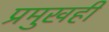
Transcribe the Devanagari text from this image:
प्रमुखही